Tezpur Lunatic Asylum reports 1895-1904 - 1895-1904
Year: 1895
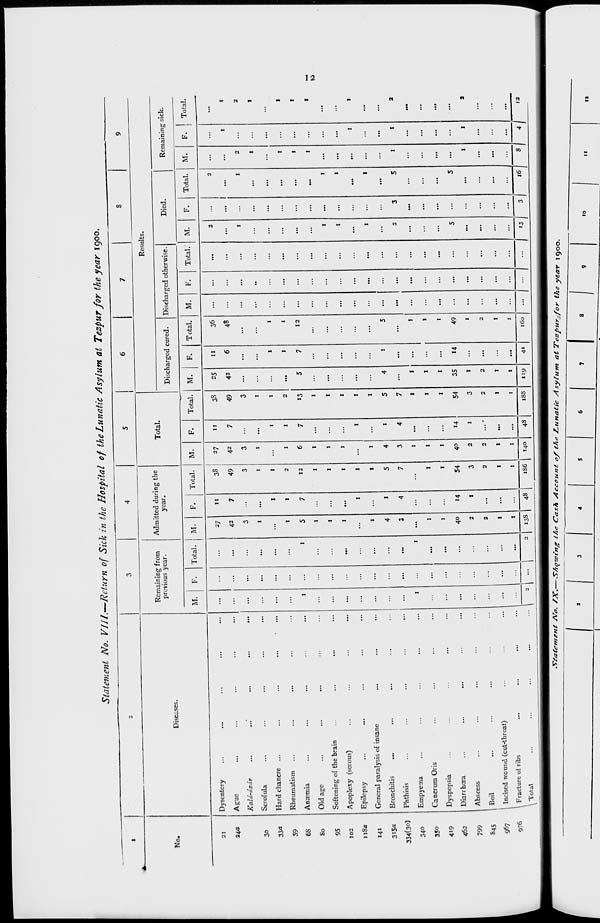
Statement No. VIII .-"Return of Sick in the Hospital of the Lunatic Asyl um at 5 Tezp\ wr for the year 1 900.
1
2
3
4
1
1
7
8
9
Results.
Diseases.
Remaining from
previous year-
Admitted during the
year.
Total.
No.
Discharged cured.
Discharged otherwise.
Died
Remaining sick.
M.
F.
Total.
M.
F.
Total.
M.
F.
Total.
M.
F.
Total.
M.
F.
Total.
M.
F.
Total.
M.
F. ! Total.
21
Dysentery
...
...
...
...
27
11
38
27
11
38
25
11
36
...
...
...
2
...
2
...
...
...
34a
Ague
...
...
...
...
42
7
49
42
7
49
42
6
48
...
...
...
...
...
...
...
1
I
Kald-dzdr
...
...'
...
...
...
...
3
...
3
3
3
...
...
...
...
...
...
1
...
1
2
...
2
30
Scrofula
...
...
...
1
...
1
1
...
1
...
...
...
...
«
...
.„
...
1
...
1
330
Hard chancre ...
...
...
...
...
...
1
I
...
1
1
1
1
...
...
...
...
...
...
...
...
...
59
Rheumatism
...
...
...
1
1
2
1
1
2
...
1
1
...
...
...
...
...
...
1
...
I
68
Anaemia
...
1
...
1
5
7
12
6
7
13
5
7
12
...
...
...
...
...
...
1
...
I
80
Old age
...
...
...
...
...
...
1
1
...
1
...
...
...
...
...
...
...
...
...
1
...
I
95
Softening of the brain
...
...
...
1
...
1
...
1
...
...
...
...
...
...
1
...
1
...
...
...
102
Apoplexy (serous)
...
...
...
1
...
1
...
1
...
...
...
...
...
...
1
...
1
...
...
...
118a
Epilepsy
...
...
...
...
1
...
1
1
...
...
...
...
...
...
...
...
...
...
1
I
141
General paralysis of insane
...
...
...
...
1
...
1
...
1
...
...
...
...
...
1
...
1
...
...
3i5a
Bronchitis
...
...
...
4
1
5
4
1
5
4
1
5
...
...
...
...
...
...
...
...
...
334(3o)
Phthisis
...
...
...
...
3
4
7
3
4
7
...
...
...
...
...
...
2
3
5
1
1
2
34o
Empyema
...
1
1
...
...
...
1
...
1
I
...
1
...
...
...
...
...
...
...
...
...
35o
Cancrum Oris
...
...
...
I
...
1
1
...
1
1
...
1
...
...
...
...
...
...
...
...
...
419
Dyspepsia
...
...
...
1
...
1
1
...
1
1
...
1
...
...
...
...
...
...
...
...
...
462
Diarrhoea
...
...
...
...
...
...
40
14
54
40
14
54
35
14
49
...
...
...
5
...
5
...
...
...
799
Abscess
...
...
2
1
3
2
1
3
1
...
1
...
...
...
...
...
...
1
1
2
845
Boil
...
...
2
...
2
2
2
2
...
2
...
...
...
...
...
...
...
...
...
967
1 Incised wound (cut-throat)
...
...
...
...
I
...
I
I
...
1
1
...
1
...
...
...
...
...
...
...
...
...
976
I Fracture of ribs
\ Tota\
...
...
...
I
I
I
...
1
1
...
1
...
...
...
. . . 1 ... ... ... ...
... 1 - 2 I •" i 2
X33
48
186
140
48
188
119
41
160
...
... j „| 3 -1 A 4 1 »2
to
X-tatenent A'o. /X.— S-howing the Cash A
cco„„t of the /Lunatic Asylum, at Tezpur. for the year 1900.
11
la